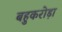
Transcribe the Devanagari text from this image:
बहुकरोड़ा